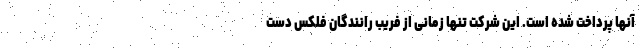
آنها پرداخت شده است. این شرکت تنها زمانی از فریب رانندگان فلکس دست